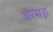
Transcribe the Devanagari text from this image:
ओरमाड़ा